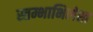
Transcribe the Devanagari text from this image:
स्तम्भाभिलेख